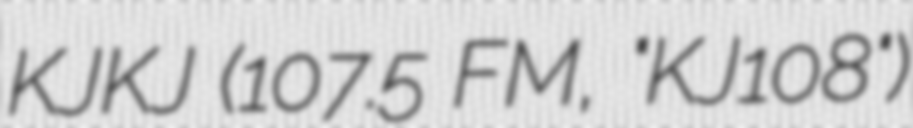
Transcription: KJKJ (107.5 FM, "KJ108")